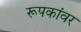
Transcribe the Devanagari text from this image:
रूपकांवर